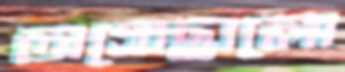
অগোছালো